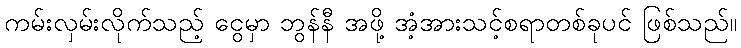
ကမ်းလှမ်းလိုက်သည့် ငွေမှာ ဘွန်နီ အဖို့ အံ့အားသင့်စရာတစ်ခုပင် ဖြစ်သည်။